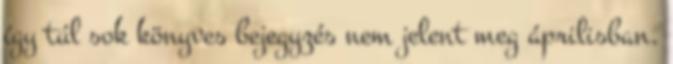
így túl sok könyves bejegyzés nem jelent meg áprilisban.